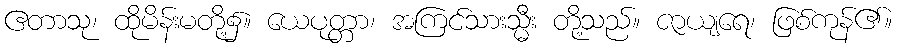
ဧတာသု၊ ထိုမိန်းမတို့၌။ ယေပုတ္တာ၊ အကြင်သားသ္မီး တို့သည်။ ဇာယျရေ၊ ဖြစ်ကုန်၏။